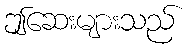
ဤဆေးများသည်